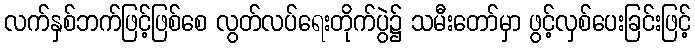
လက်နှစ်ဘက်ဖြင့်ဖြစ်စေ လွတ်လပ်ရေးတိုက်ပွဲ၌ သမီးတော်မှာ ဖွင့်လှစ်ပေးခြင်းဖြင့်